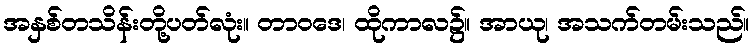
အနှစ်တသိန်းတို့ပတ်လုံး။ တာဝဒေ၊ ထိုကာလ၌။ အာယု၊ အသက်တမ်းသည်။